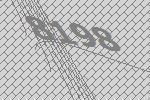
8198